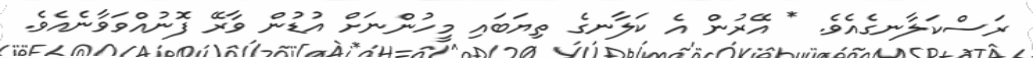
ރަސްކަލާނގެއެވެ. * އޭރުން އެ ކަލާނގެ ތިޔަބައި މީހުންނަށް އުޑުން ވާރޭ ފޮނުއްވަވާނެއެވެ.